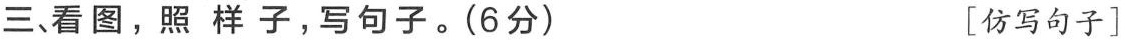
三、看图，照样子，写句子。(6分) [仿写句子]